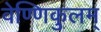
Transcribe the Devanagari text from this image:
वेण्णिकुलम्